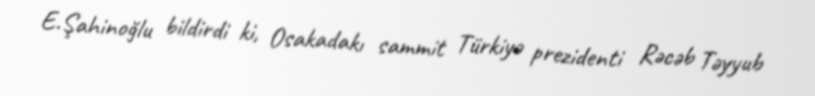
E.Şahinoğlu bildirdi ki, Osakadakı sammit Türkiyə prezidenti Rəcəb Təyyub